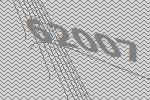
62007